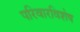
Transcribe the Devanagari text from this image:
परिवारविशेष